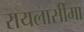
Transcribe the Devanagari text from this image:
रायलासीमा